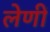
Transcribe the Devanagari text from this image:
लेणीं